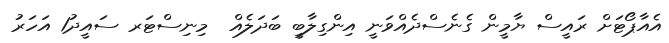
އެއާޕޯޓަށް ރައީސް ޔާމީން ގެނެސްދެއްވަނީ އިންގިލާބީ ބަދަލެއް  މިނިސްޓަރ ސައީދު1 އަހަރު